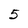
Character: 5